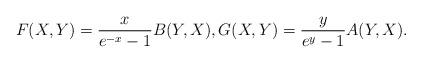
LaTeX: \begin{align*}F(X,Y)=\frac{x}{e^{-x}-1}B(Y,X),G(X,Y)=\frac{y}{e^y-1}A(Y,X).\end{align*}